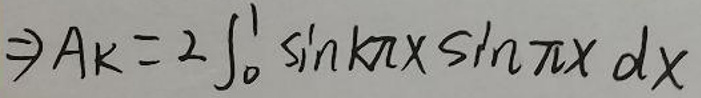
$\Rightarrow A _ { k } = 2 \int _ { 0 } ^ { 1 } \sin k \pi x \sin \pi x d x$